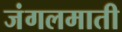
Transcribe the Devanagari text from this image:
जंगलमाती